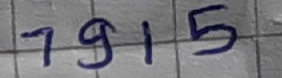
Text: 7915